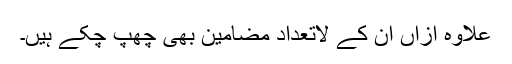
علاوہ ازاں ان کے لاتعداد مضامین بھی چھپ چکے ہیں۔